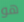
هو